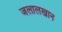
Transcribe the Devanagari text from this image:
जलालखान